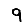
Digit: 9